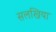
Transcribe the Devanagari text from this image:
सलखिया